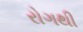
રોગથી